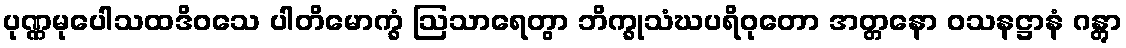
ပုဏ္ဏမုပေါသထဒိဝသေ ပါတိမောက္ခံ ဩသာရေတွာ ဘိက္ခုသံဃပရိဝုတော အတ္တနော ဝသနဋ္ဌာနံ ဂန္တွာ